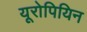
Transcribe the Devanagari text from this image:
यूरोपियिन